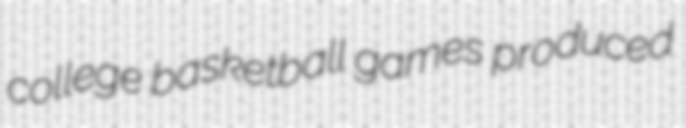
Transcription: college basketball games produced